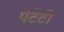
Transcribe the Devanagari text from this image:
पेटेंटी